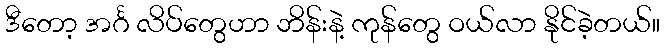
ဒီတော့ အင်္ဂ လိပ်တွေဟာ ဘိန်းနဲ့ ကုန်တွေ ဝယ်လာ နိုင်ခဲ့တယ်။